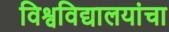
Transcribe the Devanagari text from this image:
विश्वविद्यालयांचा